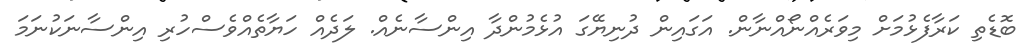
ބޮޑެތި ކަރާފެޅުމަށް މިވަރެއްނޯއްނާން. އަގައިން ދުނިޔޭގަ އުޅެމުންދާ އިންސާނެއް. ލަދެއް ހަޔާތެއްވެސްހުރި އިންސާނަކުނަމަ